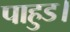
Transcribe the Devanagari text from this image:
पाहुड।